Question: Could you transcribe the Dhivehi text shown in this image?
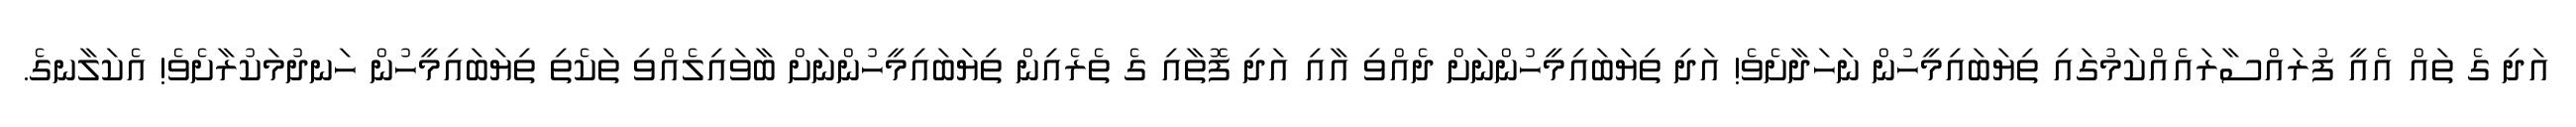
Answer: އަދި ގެ ތައް އެއީ ފުރައްސާރައެއްކަމުގައި ތިޔަބައިމީހުން ނަހަދާށެވެ! އަދި ތިޔަބައިމީހުންނަށް ދެއްވި އާއި އަދި ފޮތާއި ގެ ތެރެއިން ތިޔަބައިމީހުންނަށް ބާވައިލެއްވި ތަކެތި ތިޔަބައިމީހުން ހަނދުމަކުރާށެވެ! އެކަލާނގެ.